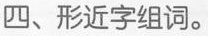
四、形近字组词。